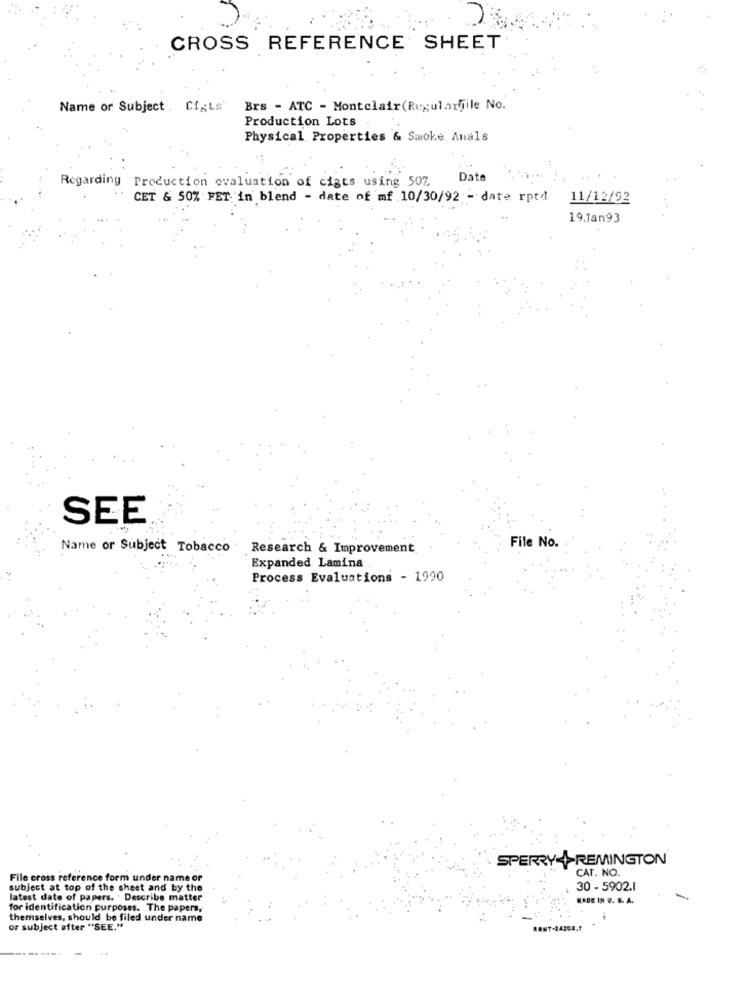
CROSS REFERENCE SHEET
Name or Subject . CigLs
Brs - ATC - Montclair(Regularfile No.
Production Lots
Physical Properties & Smoke Anals
Date
Regarding Production evaluation of cigts using 507
..
CET & 50% FET in blend - date of mf 10/30/92 - date rptd
11/12/92
19.Jan93
SEE
File No.
Name or Subject Tobacco
Research & Improvement
Expanded Lamina
Process Evaluations - 1990
SPERRY + REMINGTON
CAT. NO.
File cross reference form under name or
subject at top of the sheet and by the
30 - 5902.1
latest date of papers. . Describe matter
KADE IN Q. B. A.
for identification purposes. The papers,
themselves, should be filed under name
or subject after "SEE."
14202.1